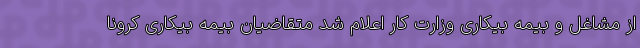
از مشاغل و بیمه بیکاری وزارت کار اعلام شد متقاضیان بیمه بیکاری کرونا